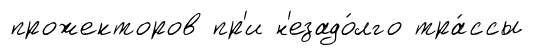
прожекторов пр'и н'езадо́лго тра́ссы